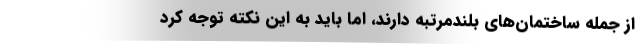
از جمله ساختمان‌های بلندمرتبه دارند، اما باید به این نکته توجه کرد